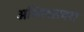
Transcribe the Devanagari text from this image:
अभिलाखत